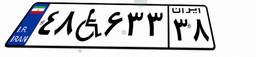
۸۶W۳۰۷۷۷